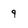
Character: 9